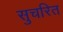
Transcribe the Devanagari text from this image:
सुचरित